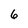
Character: 6